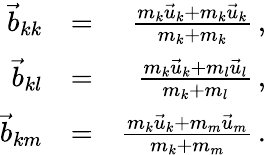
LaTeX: \begin{array}{rlr}{\vec{b}_{kk}}&{=}&{\frac{m_{k}\vec{u}_{k}+m_{k}\vec{u}_{k}}{m_{k}+m_{k}}\, ,}\\ {\vec{b}_{kl}}&{=}&{\frac{m_{k}\vec{u}_{k}+m_{l}\vec{u}_{l}}{m_{k}+m_{l}}\, ,}\\ {\vec{b}_{km}}&{=}&{\frac{m_{k}\vec{u}_{k}+m_{m}\vec{u}_{m}}{m_{k}+m_{m}}\, .}\end{array}